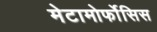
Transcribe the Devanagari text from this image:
मेटामोर्फोसिस